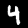
Digit: 4